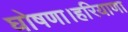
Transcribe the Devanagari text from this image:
घोषणा।हरियाणा